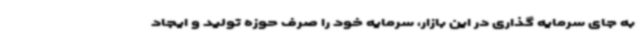
به جای سرمایه گذاری در این بازار، سرمایه خود را صرف حوزه تولید و ایجاد